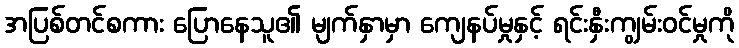
အပြစ်တင်စကား ပြောနေသူ၏ မျက်နှာမှာ ကျေနပ်မှုနှင့် ရင်းနှီးကျွမ်းဝင်မှုကို